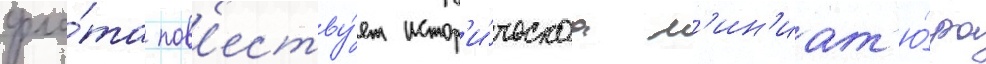
фло́та пов'еству́ет истор'и́ческаа м'ин'иат'ю́ра